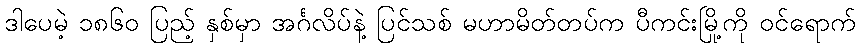
ဒါပေမဲ့ ၁၈၆၀ ပြည့် နှစ်မှာ အင်္ဂလိပ်နဲ့ ပြင်သစ် မဟာမိတ်တပ်က ပီကင်းမြို့ကို ဝင်ရောက်